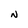
Character: N